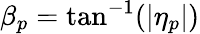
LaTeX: \beta_{p}=\tan^{-1}(|\eta_{p}|)